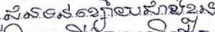
ជនទន់ខ្សោយជាងខ្លួន